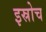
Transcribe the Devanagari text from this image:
इस्रोच